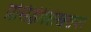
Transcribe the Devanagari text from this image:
प्रसिद्धीशिखरावर